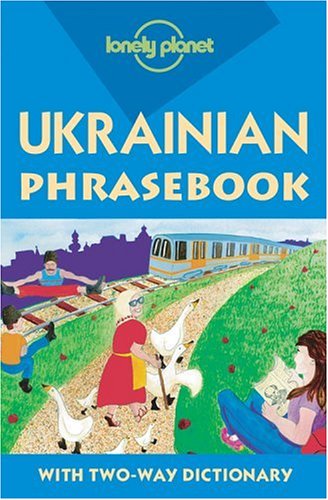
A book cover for Ukrainian Phrasebook (Lonely Planet); Marko Pavlyshyn; Travel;